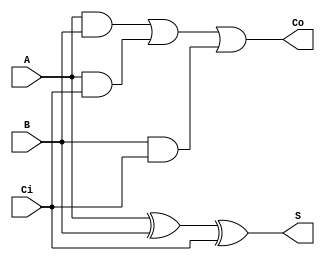
module FullAdder1Bit(input wire Ci, input wire A, input wire B, output Co, output S);
	assign S = A ^ B ^ Ci;	
	assign Co = A&B | A&Ci | B&Ci;
endmodule